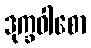
ဒုက္ခဝါစော